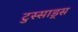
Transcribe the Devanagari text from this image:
टुस्साड्स